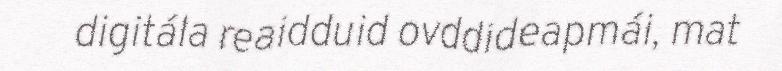
digitála reaidduid ovddideapmái, mat